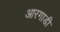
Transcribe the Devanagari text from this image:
आरगाडी